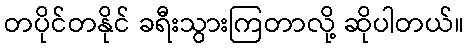
တပိုင်တနိုင် ခရီးသွားကြတာလို့ ဆိုပါတယ်။